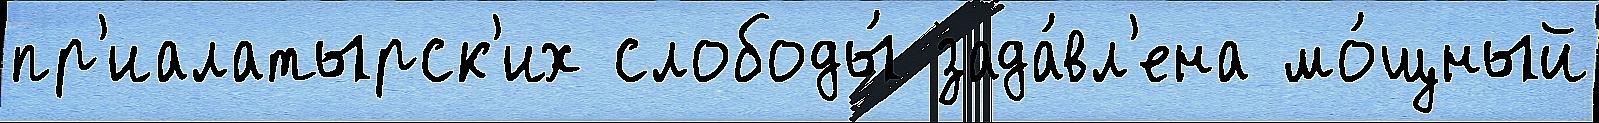
пр'иалатырск'их слободы́ зада́вл'ена мо́щный